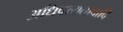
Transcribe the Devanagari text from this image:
अधिपत्यतावादि